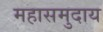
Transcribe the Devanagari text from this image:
महासमुदाय